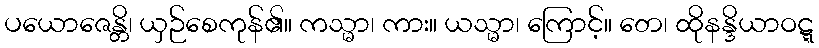
ပယောဇေန္တိ၊ ယှဉ်စေကုန်၏။ ကသ္မာ၊ ကား။ ယသ္မာ၊ ကြောင့်။ တေ၊ ထိုနန္ဒိယာဝဋ္ဋ